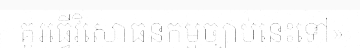
គួរធ្វើវិសោធនកម្មច្បាប់នេះទៅ»